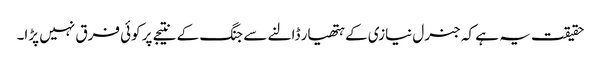
حقیقت یہ ہے کہ جنرل نیازی کے ہتھیار ڈالنے سے جنگ کے نتیجے پر کوئی فرق نہیں پڑا۔